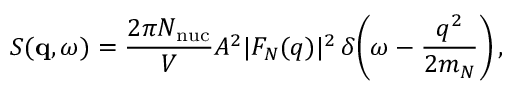
S ( \mathbf { q } , \omega ) = \frac { 2 \pi N _ { \mathrm { n u c } } } { V } A ^ { 2 } | F _ { N } ( q ) | ^ { 2 } \, \delta \! \left( \omega - \frac { q ^ { 2 } } { 2 m _ { N } } \right) ,